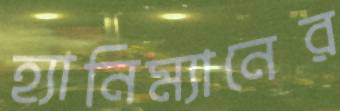
হ্যানিম্যানের